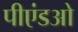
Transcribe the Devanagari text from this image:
पीएंडओ